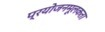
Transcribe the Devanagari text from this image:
प्रयोजनमूलकता